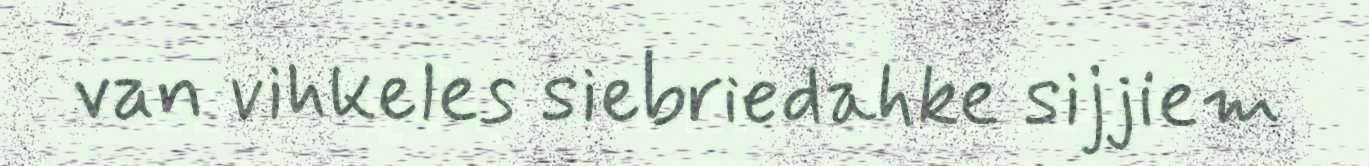
van vihkeles siebriedahke sijjiem